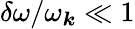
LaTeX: \delta\omega/\omega_{\boldsymbol{k}}\ll 1